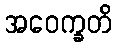
အဝေက္ခတိ